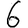
Digit: 6